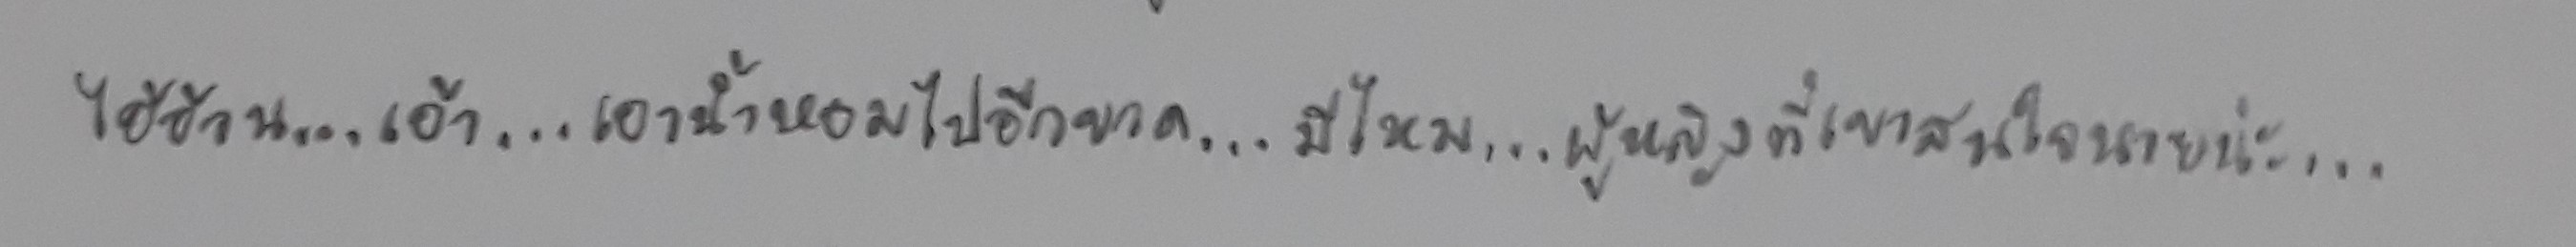
ไอ้อ้วน...เอ้า...เอาน้ำหอมไปอีกขวด...มีไหม...ผู้หญิงที่เขาสนใจนายน่ะ...